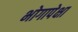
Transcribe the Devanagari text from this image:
भोगापेक्षा